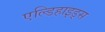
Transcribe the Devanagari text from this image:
एल्डिहाइड्स